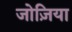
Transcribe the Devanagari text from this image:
जोज़िया